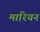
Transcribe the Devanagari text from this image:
मारियन